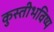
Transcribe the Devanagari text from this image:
कुस्तीभविष्य